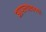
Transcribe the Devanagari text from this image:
आपल्यावरचा